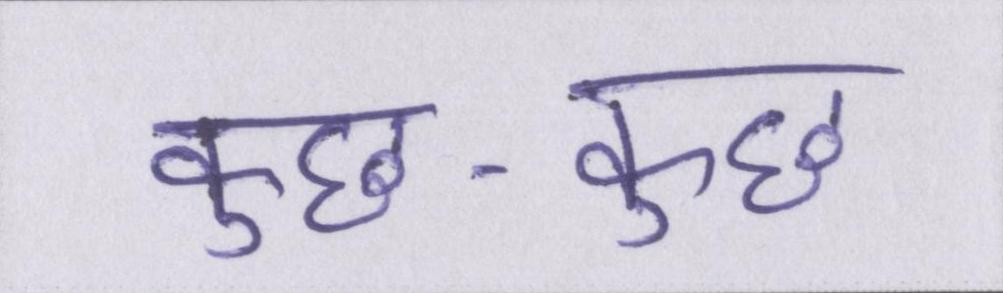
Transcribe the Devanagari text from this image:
कुछ-कुछ